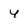
Character: y